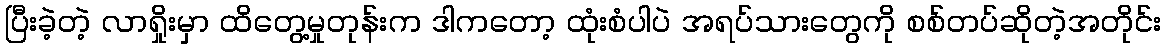
ပြီးခဲ့တဲ့ လာရှိုးမှာ ထိတွေ့မှုတုန်းက ဒါကတော့ ထုံးစံပါပဲ အရပ်သားတွေကို စစ်တပ်ဆိုတဲ့အတိုင်း